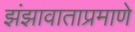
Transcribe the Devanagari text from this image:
झंझावाताप्रमाणे